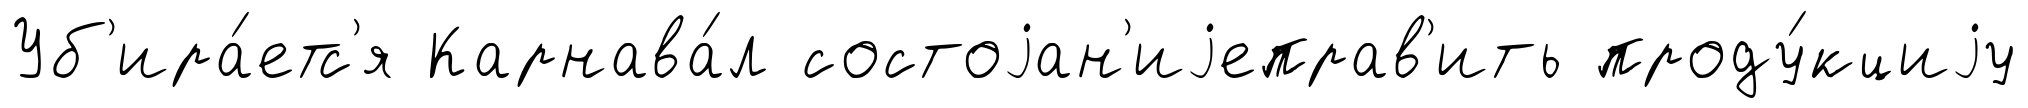
Уб'ира́етс'я Карнава́л состоjан'иjеправ'ить проду́кциjу